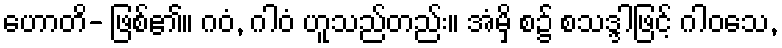
ဟောတိ- ဖြစ်၏။ ဂဝံ, ဂါဝံ ဟူသည်တည်း။ အံမှိ စ၌ စသဒ္ဒါဖြင့် ဂါဝသေ,